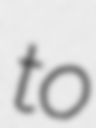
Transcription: to